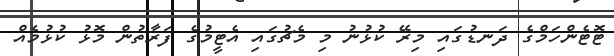
ޓޮޓެންހަމްގެ ދަނޑުގައި މިރޭ ކުޅުނު މި މެޗުގައި އެޓީމުގެ ފަރާތުން މޮޅު ކުޅުމެއް